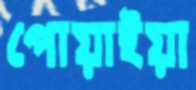
পোয়াইয়া